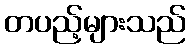
တပည့်များသည်